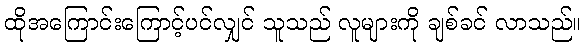
ထိုအကြောင်းကြောင့်ပင်လျှင် သူသည် လူများကို ချစ်ခင် လာသည်။